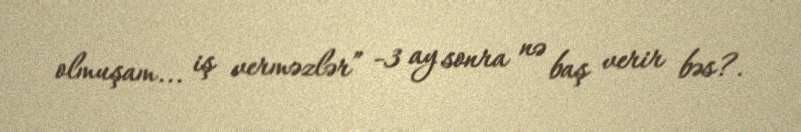
olmuşam... iş verməzlər” -3 ay sonra nə baş verir bəs?.